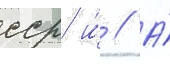
сср и́ // А́